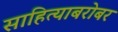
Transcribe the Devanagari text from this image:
साहित्याबरोबर